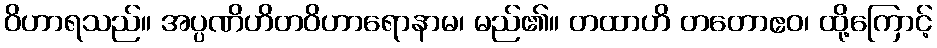
ဝိဟာရသည်။ အပ္ပဏိဟိတဝိဟာရောနာမ၊ မည်၏။ တထာဟိ တတောဧဝ၊ ထို့ကြောင့်